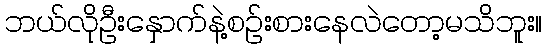
ဘယ်လိုဦးနှောက်နဲ့စဉ်းစားနေလဲတော့မသိဘူး။